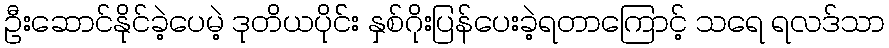
ဦးဆောင်နိုင်ခဲ့ပေမဲ့ ဒုတိယပိုင််း နှစ်ဂိုးပြန်ပေးခဲ့ရတာကြောင့် သရေ ရလဒ်သာ